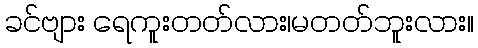
ခင်ဗျား ရေကူးတတ်လား၊မတတ်ဘူးလား။